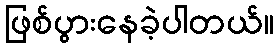
ဖြစ်ပွားနေခဲ့ပါတယ်။